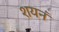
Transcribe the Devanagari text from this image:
शयनं